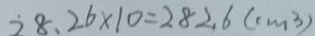
2 8 . 2 6 \times 1 0 = 2 8 2 . 6 ( c m ^ { 3 } )